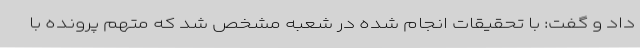
داد و گفت: با تحقیقات انجام شده در شعبه مشخص شد که متهم پرونده با